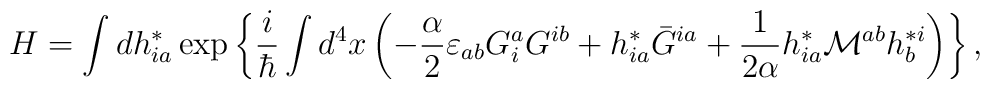
H=\int dh^*_{ia}\exp\left\{\frac{i}{\hbar}\int d^4x\left( -\frac{\alpha}{2}\varepsilon_{ab}G^a_iG^{ib}+h^*_{ia}\bar{G}^{ia} +\frac{1}{2\alpha}h^*_{ia}{\cal M}^{ab}h^{*i}_b\right)\right\},